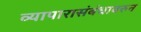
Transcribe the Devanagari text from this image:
व्यापारासंबंधावरुन